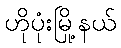
ဟိုပုံးမြို့နယ်